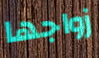
زواجها